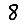
Digit: 8